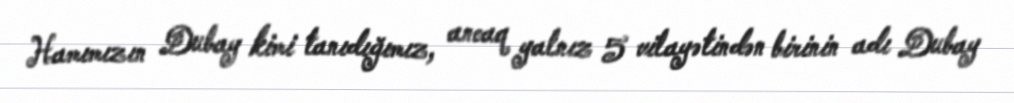
Hamımızın Dubay kimi tanıdığımız, ancaq yalnız 5 vilayətindən birinin adı Dubay